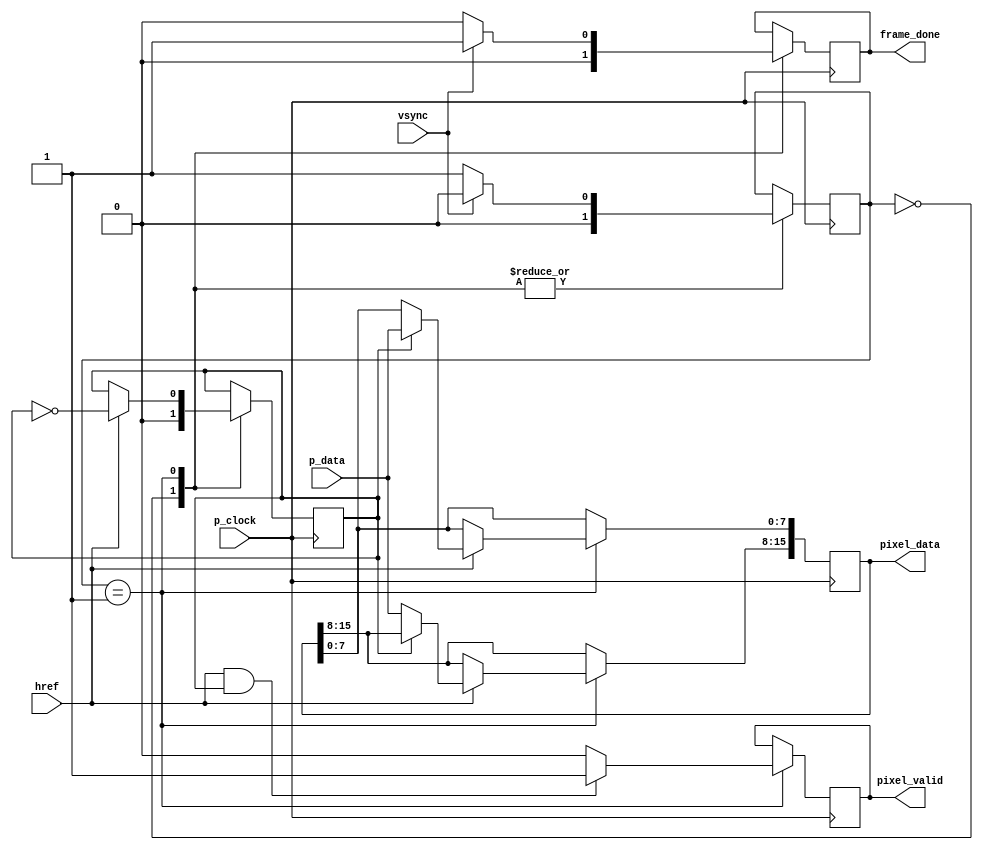
// This program was cloned from: https://github.com/ZFTurbo/Verilog-Generator-of-Neural-Net-Digit-Detector-for-FPGA
// License: Apache License 2.0

`timescale 1ns / 1ps
//////////////////////////////////////////////////////////////////////////////////
// Company: 
// Engineer: 
// 
// Design Name: 
// Module Name:    camera_read 
// Project Name: 
// Target Devices: 
// Tool versions: 
// Description: 
//
// Dependencies: 
//
// Revision: 
// Revision 0.01 - File Created
// Additional Comments: 
//
//////////////////////////////////////////////////////////////////////////////////
module camera_read(
	input wire p_clock,
	input wire vsync,
	input wire href,
	input wire [7:0] p_data,
	output reg [15:0] pixel_data =0,
	output reg pixel_valid = 0,
	output reg frame_done = 0
    );
	 
	
	reg [1:0] FSM_state = 0;
    reg pixel_half = 0;
	
	localparam WAIT_FRAME_START = 0;
	localparam ROW_CAPTURE = 1;
	
	
	always@(posedge p_clock)
	begin 
	
	case(FSM_state)
	
	WAIT_FRAME_START: begin //wait for VSYNC
	   FSM_state <= (!vsync) ? ROW_CAPTURE : WAIT_FRAME_START;
	   frame_done <= 0;
	   pixel_half <= 0;
	end
	
	ROW_CAPTURE: begin 
	   FSM_state <= vsync ? WAIT_FRAME_START : ROW_CAPTURE;
	   frame_done <= vsync ? 1 : 0;
	   pixel_valid <= (href && pixel_half) ? 1 : 0; 
	   if (href) begin
	       pixel_half <= ~ pixel_half;
	       if (pixel_half) pixel_data[7:0] <= p_data;
	       else pixel_data[15:8] <= p_data;
	   end
	end
	
	
	endcase
	end
	
endmodule